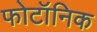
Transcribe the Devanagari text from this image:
फोटॉनिक